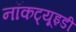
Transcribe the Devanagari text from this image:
नॉकट्यूइडी